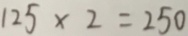
1 2 5 \times 2 = 2 5 0